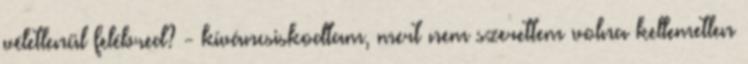
véletlenül felébred? - kíváncsiskodtam, mert nem szerettem volna kellemetlen